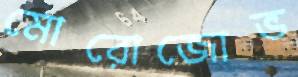
মোরোজোভ